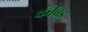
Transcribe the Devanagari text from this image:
कींचड़